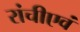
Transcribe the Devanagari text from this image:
रांचीएवं